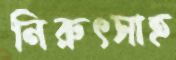
নিরুৎসাহ